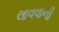
લાવવાની